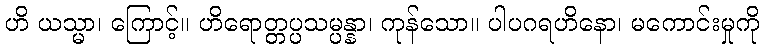
ဟိ ယသ္မာ၊ ကြောင့်။ ဟိရောတ္တပ္ပသမ္ပန္နာ၊ ကုန်သော။ ပါပဂရဟိနော၊ မကောင်းမှုကို